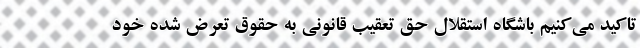
تاکید می‌کنیم باشگاه استقلال حق تعقیب قانونی به حقوق تعرض شده خود